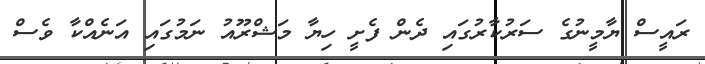
ރައީސް ޔާމީނުގެ ސަރުކާރުގައި ދެން ފެށީ ހިޔާ މަޝްރޫއު ނަމުގައި އަނެއްކާ ވެސް